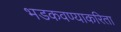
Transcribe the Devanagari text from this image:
भडकवण्याकरिता